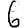
Digit: 6